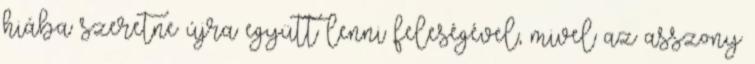
hiába szeretne újra együtt lenni feleségével, mivel az asszony